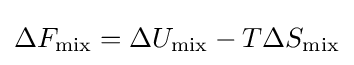
\Delta F_{\mathrm {mix} }=\Delta U_{\mathrm {mix} }-T\Delta S_{\mathrm {mix} }